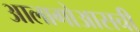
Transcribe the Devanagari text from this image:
आलागोआसची